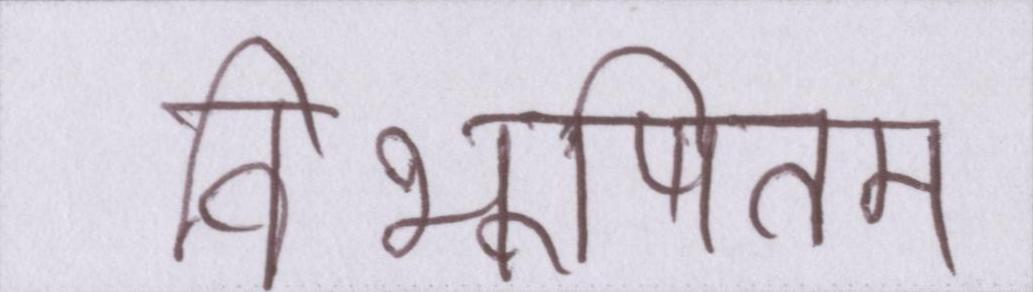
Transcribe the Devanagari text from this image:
विभूषितम